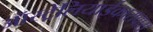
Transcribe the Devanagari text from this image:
ऑस्ट्रेलियाईकारावास